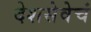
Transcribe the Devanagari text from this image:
देशसेवेचं